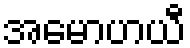
အမောဟယီ